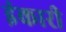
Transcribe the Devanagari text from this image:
इंकारी